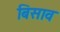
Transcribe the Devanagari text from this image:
बिसाव